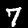
Label: 7